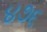
૪૭૬